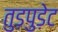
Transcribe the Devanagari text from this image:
तुड़पुड़ेट